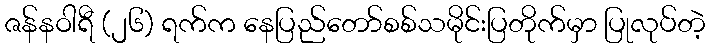
ဇန်နဝါရီ (၂၆) ရက်က နေပြည်တော်စစ်သမိုင်းပြတိုက်မှာ ပြုလုပ်တဲ့